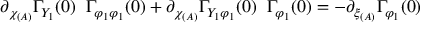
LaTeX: \partial _ { \chi _ { ( A ) } } \Gamma _ { Y _ { 1 } } ( 0 ) \; \; \Gamma _ { \varphi _ { 1 } \varphi _ { 1 } } ( 0 ) + \partial _ { \chi _ { ( A ) } } \Gamma _ { Y _ { 1 } \varphi _ { 1 } } ( 0 ) \; \; \Gamma _ { \varphi _ { 1 } } ( 0 ) = - \partial _ { \xi _ { ( A ) } } \Gamma _ { \varphi _ { 1 } } ( 0 )